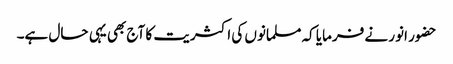
حضور انور نے فرمایا کہ مسلمانوں کی اکثریت کا آج بھی یہی حال ہے۔